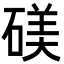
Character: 𬒙